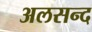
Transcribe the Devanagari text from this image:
अलसन्द